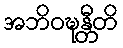
အဘိဝဍ္ဎန္တီတိ